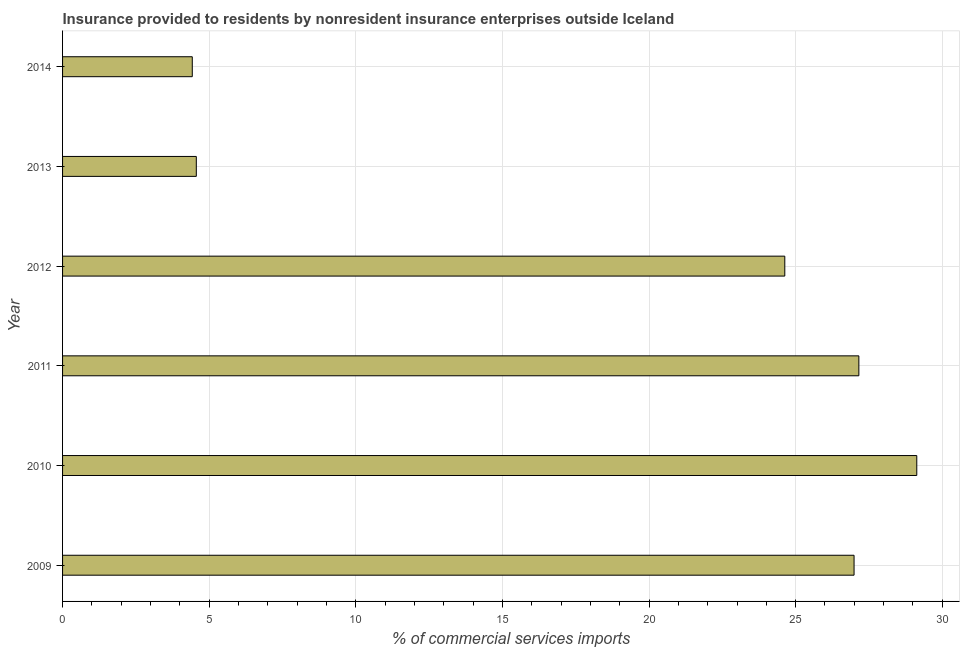
| Year | Insurance provided by non-residents |
 | --- | --- |
 | 2009 | 27 |
 | 2010 | 29.1 |
 | 2011 | 27.2 |
 | 2012 | 24.6 |
 | 2013 | 4.56 |
 | 2014 | 4.42 |